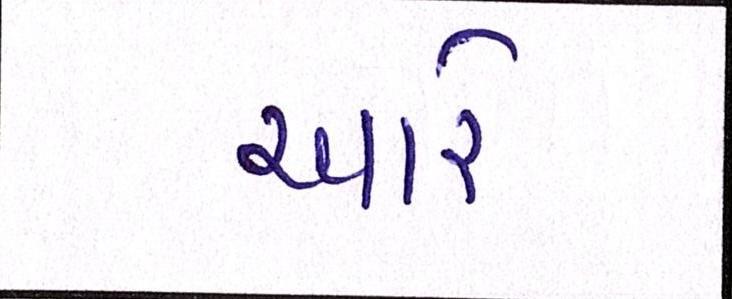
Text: આરે